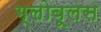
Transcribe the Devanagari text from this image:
ग्लोबूलस